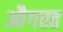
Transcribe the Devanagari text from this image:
औगस्त